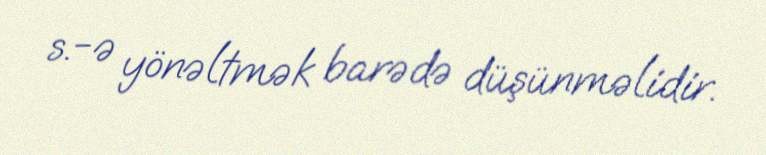
s.-ə yönəltmək barədə düşünməlidir.